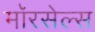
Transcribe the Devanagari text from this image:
मॉरसेल्स